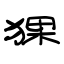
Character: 猓